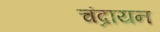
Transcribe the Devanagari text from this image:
चंद्रायन